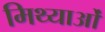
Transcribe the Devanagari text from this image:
मिथ्याओं